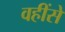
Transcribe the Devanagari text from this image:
वहींसे